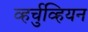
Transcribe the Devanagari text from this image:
व्हर्चुव्हियन